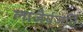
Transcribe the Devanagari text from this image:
लाजैर्यजति